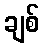
ချစ်